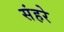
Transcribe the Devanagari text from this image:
संहरे